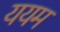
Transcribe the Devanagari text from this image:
ययम